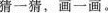
猜一猜，画一画。